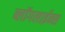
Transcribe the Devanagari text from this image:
ब्लॉगलाईन्स